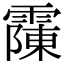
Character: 䨯